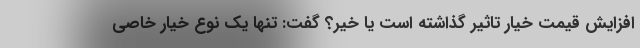
افزایش قیمت خیار تاثیر گذاشته است یا خیر؟ گفت: تنها یک نوع خیار خاصی